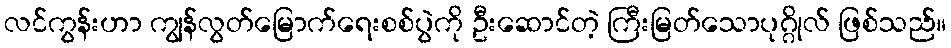
လင်ကွန်းဟာ ကျွန်လွတ်မြောက်ရေးစစ်ပွဲကို ဦးဆောင်တဲ့ ကြီးမြတ်သောပုဂ္ဂိုလ် ဖြစ်သည်။